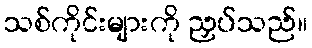
သစ်ကိုင်းများကို ညှပ်သည်။